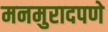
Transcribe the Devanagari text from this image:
मनमुरादपणे